Annual statistical returns and brief notes on vaccination in Bengal - 1896-1909
Year: 1896
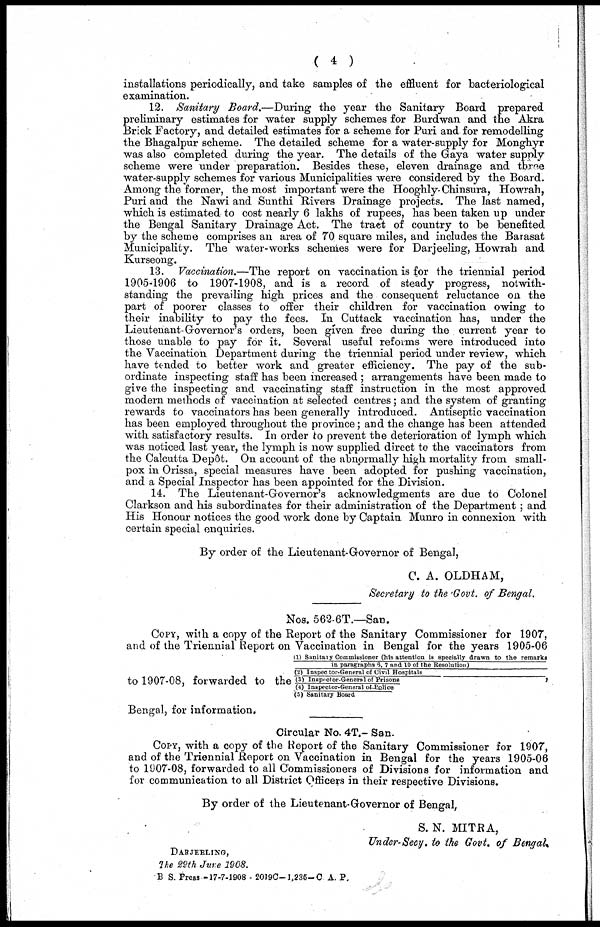
( 4 )
installations periodically, and take samples of the effluent for bacteriological
examination.
12. Sanitary Board.—During the year the Sanitary Board prepared
preliminary estimates for water supply schemes for Burdwan and the Akra
Brick Factory, and detailed estimates for a scheme for Puri and for remodelling
the Bhagalpur scheme. The detailed scheme for a water-supply for Monghyr
was also completed during the year. The details of the Gaya water supply
scheme were under preparation. Besides these, eleven drainage and three
water-supply schemes for various Municipalities were considered by the Board.
Among the former, the most important were the Hooghly-Chinsura, Howrah,
Puri and the Nawi and Sunthi Rivers Drainage projects. The last named,
which is estimated to cost nearly 6 lakhs of rupees, has been taken up under
the Bengal Sanitary Drainage Act. The tract of country to be benefited
by the scheme comprises an area of 70 square miles, and includes the Barasat
Municipality. The water-works schemes were for Darjeeling, Howrah and
Kurseong.
13. Vaccination.—The report on vaccination is for the triennial period
1905-1906 to 1907-1908, and is a record of steady progress, notwith-
standing the prevailing high prices and the consequent reluctance on the
part of poorer classes to offer their children for vaccination owing to
their inability to pay the fees. In Cuttack vaccination has, under the
Lieutenant-Governor's orders, been given free during the current year to
those unable to pay for it. Several useful reforms were introduced into
the Vaccination Department during the triennial period under review, which
have tended to better work and greater efficiency. The pay of the sub-
ordinate inspecting staff has been increased ; arrangements have been made to
give the inspecting and vaccinating staff instruction in the most approved
modern methods of vaccination at selected centres; and the system of granting
rewards to vaccinators has been generally introduced. Antiseptic vaccination
has been employed throughout the province; and the change has been attended
with satisfactory results. In order to prevent the deterioration of lymph which
was noticed last year, the lymph is now supplied direct to the vaccinators from
the Calcutta Depôt. On account of the abnormally high mortality from small-
pox in Orissa, special measures have been adopted for pushing vaccination,
and a Special Inspector has been appointed for the Division.
14. The Lieutenant-Governor's acknowledgments are due to Colonel
Clarkson and his subordinates for their administration of the Department ; and
His Honour notices the good work done by Captain Munro in connexion with
certain special enquiries.
By order of the Lieutenant-Governor of Bengal,
C. A. OLDHAM,
Secretary to the Govt. of Bengal.
Nos. 562-6T.—San.
COPY, with a copy of the Report of the Sanitary Commissioner for 1907,
and of the Triennial Report on Vaccination in Bengal for the years 1905-06
to 1907-08, forwarded to the
(1) Sanitary Commissioner (his attention is specially drawn to the remarks
in paragraphs 9, 7 and 10 of the Resolution)
(2) Inspector-General of (Civil Hospitals
(3) Inspector-General of Prisons
(4) Inspector-General of Police
(5) Sanitary Board
Bengal, for information.
Circular No. 4T.- San.
COPY, with a copy of the Report of the Sanitary Commissioner for 1907,
and of the Triennial Report on Vaccination in Bengal for the years 1905-06
to 1907-08, forwarded to all Commissioners of Divisions for information and
for communication to all District Officers in their respective Divisions.
By order of the Lieutenant-Governor of Bengal,
S. N. MITRA,
Under-Secy. to the Govt. of Bengal.
DARJEELING,
The 29th June 1908.
B S. Press -17-7-1908 - 2019C-1,235-C A. P.